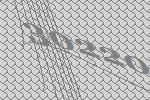
30220